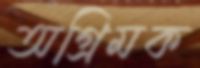
অগ্রিমক